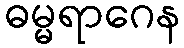
ဓမ္မရာဂေန